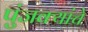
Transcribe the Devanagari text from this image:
पुंजक्यांचे